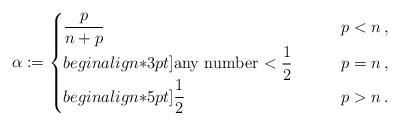
LaTeX: \begin{align*}\alpha := \begin{cases} \displaystyle{\frac{p}{n+p}} \qquad& p<n\,,\\begin{align*}3pt] \mbox{any number $\displaystyle{<\frac12}$} \qquad& p=n\,,\\begin{align*}5pt] \displaystyle{\frac12}& p>n\,.\end{cases} \end{align*}